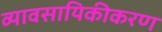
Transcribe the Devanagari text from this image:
व्यावसायिकीकरण